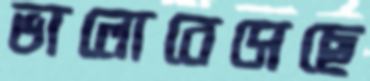
ভালোবেসেছে